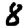
Digit: 8